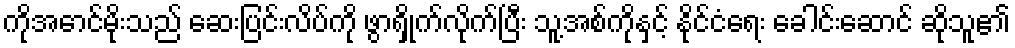
ကိုအောင်မိုးသည် ဆေးပြင်းလိပ်ကို ဖွာရှိုက်လိုက်ပြီး သူ့အစ်ကိုနှင့် နိုင်ငံရေး ခေါင်းဆောင် ဆိုသူ၏